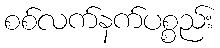
စစ်လက်နက်ပစ္စည်း